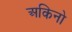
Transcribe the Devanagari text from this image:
अकिनो